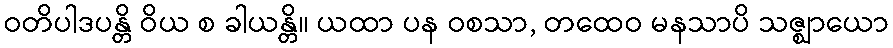
ဝတိပါဒပန္တိ ဝိယ စ ခါယန္တိ။ ယထာ ပန ဝစသာ, တထေဝ မနသာပိ သဇ္ဈာယော